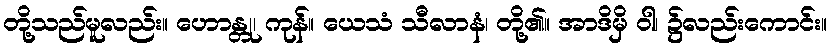
တို့သည်မူလည်း။ ဟောန္တု၊ ကုန်။ ယေသံ သီလာနံ၊ တို့၏။ အာဒိမှိ ဝါ၊ ၌လည်းကောင်း။